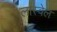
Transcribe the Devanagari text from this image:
लास्वेल